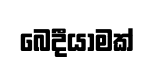
බෙදීයාමක්